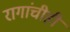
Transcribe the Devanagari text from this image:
रागांचीही